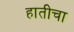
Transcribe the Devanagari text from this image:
हातीचा